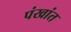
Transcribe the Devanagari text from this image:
पंखांत